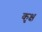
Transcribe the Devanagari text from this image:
कृक्ष